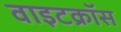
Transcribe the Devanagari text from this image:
वाइटक्रॉस